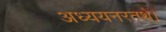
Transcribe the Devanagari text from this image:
अध्ययनरतथे।